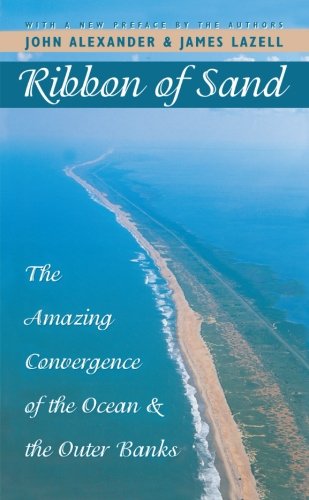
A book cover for Ribbon of Sand: The Amazing Convergence of the Ocean and the Outer Banks; John Alexander; Travel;